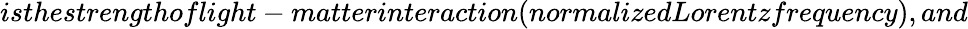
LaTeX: isthestrengthoflight-matterinteraction(normalizedLorentzfrequency),and